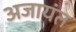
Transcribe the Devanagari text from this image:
अजायंत